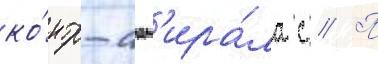
ко́нтр-адм'ира́ла с // П